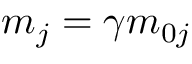
m _ { j } = \gamma m _ { 0 j }